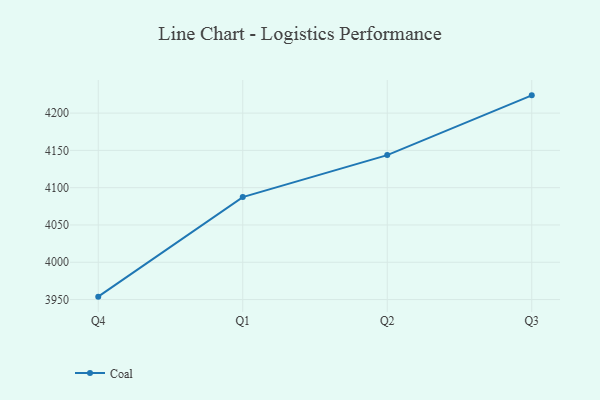
{"axis": {"x": "Quarter", "y": "Customer Acquisition Cost (USD)"}, "legend": ["Coal"], "data": [{"x": "Q4", "y": 3953.9, "type": "Coal"}, {"x": "Q1", "y": 4087.4, "type": "Coal"}, {"x": "Q2", "y": 4143.7, "type": "Coal"}, {"x": "Q3", "y": 4223.8, "type": "Coal"}]}